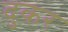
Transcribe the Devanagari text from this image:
दुकर